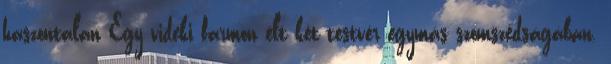
haszontalan Egy vidéki farmon élt két testvér egymás szomszédságában.